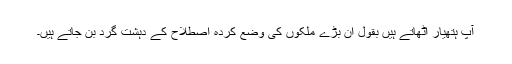
آپ ہتھیار اٹھاتے ہیں بقول اِن بڑے ملکوں کی وضع کردہ اصطلاح کے دہشت گرد بن جاتے ہیں۔